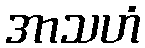
အာသဟံ